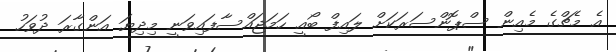
އެ މެޗްގެ މެއިން ސްޕޮންސަރަކަށް ލައިފް ބޯއީ ހަމަޖައްސާފައިވަނީ މިދިޔަ އަންގާރަ ދުވަހު